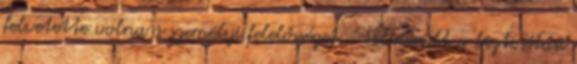
felvetette volna a személyi felelősséget. " Felmerült a biztosítási